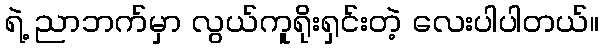
ရဲ့ ညာဘက်မှာ လွယ်ကူရိုးရှင်းတဲ့ လေးပါပါတယ်။